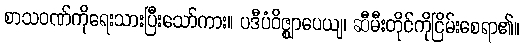
စာသဝဏ်ကိုရေးသားပြီးသော်ကား။ ပဒီပံဝိဇ္ဈာပေယျ၊ ဆီမီးတိုင်ကိုငြိမ်းစေရာ၏။